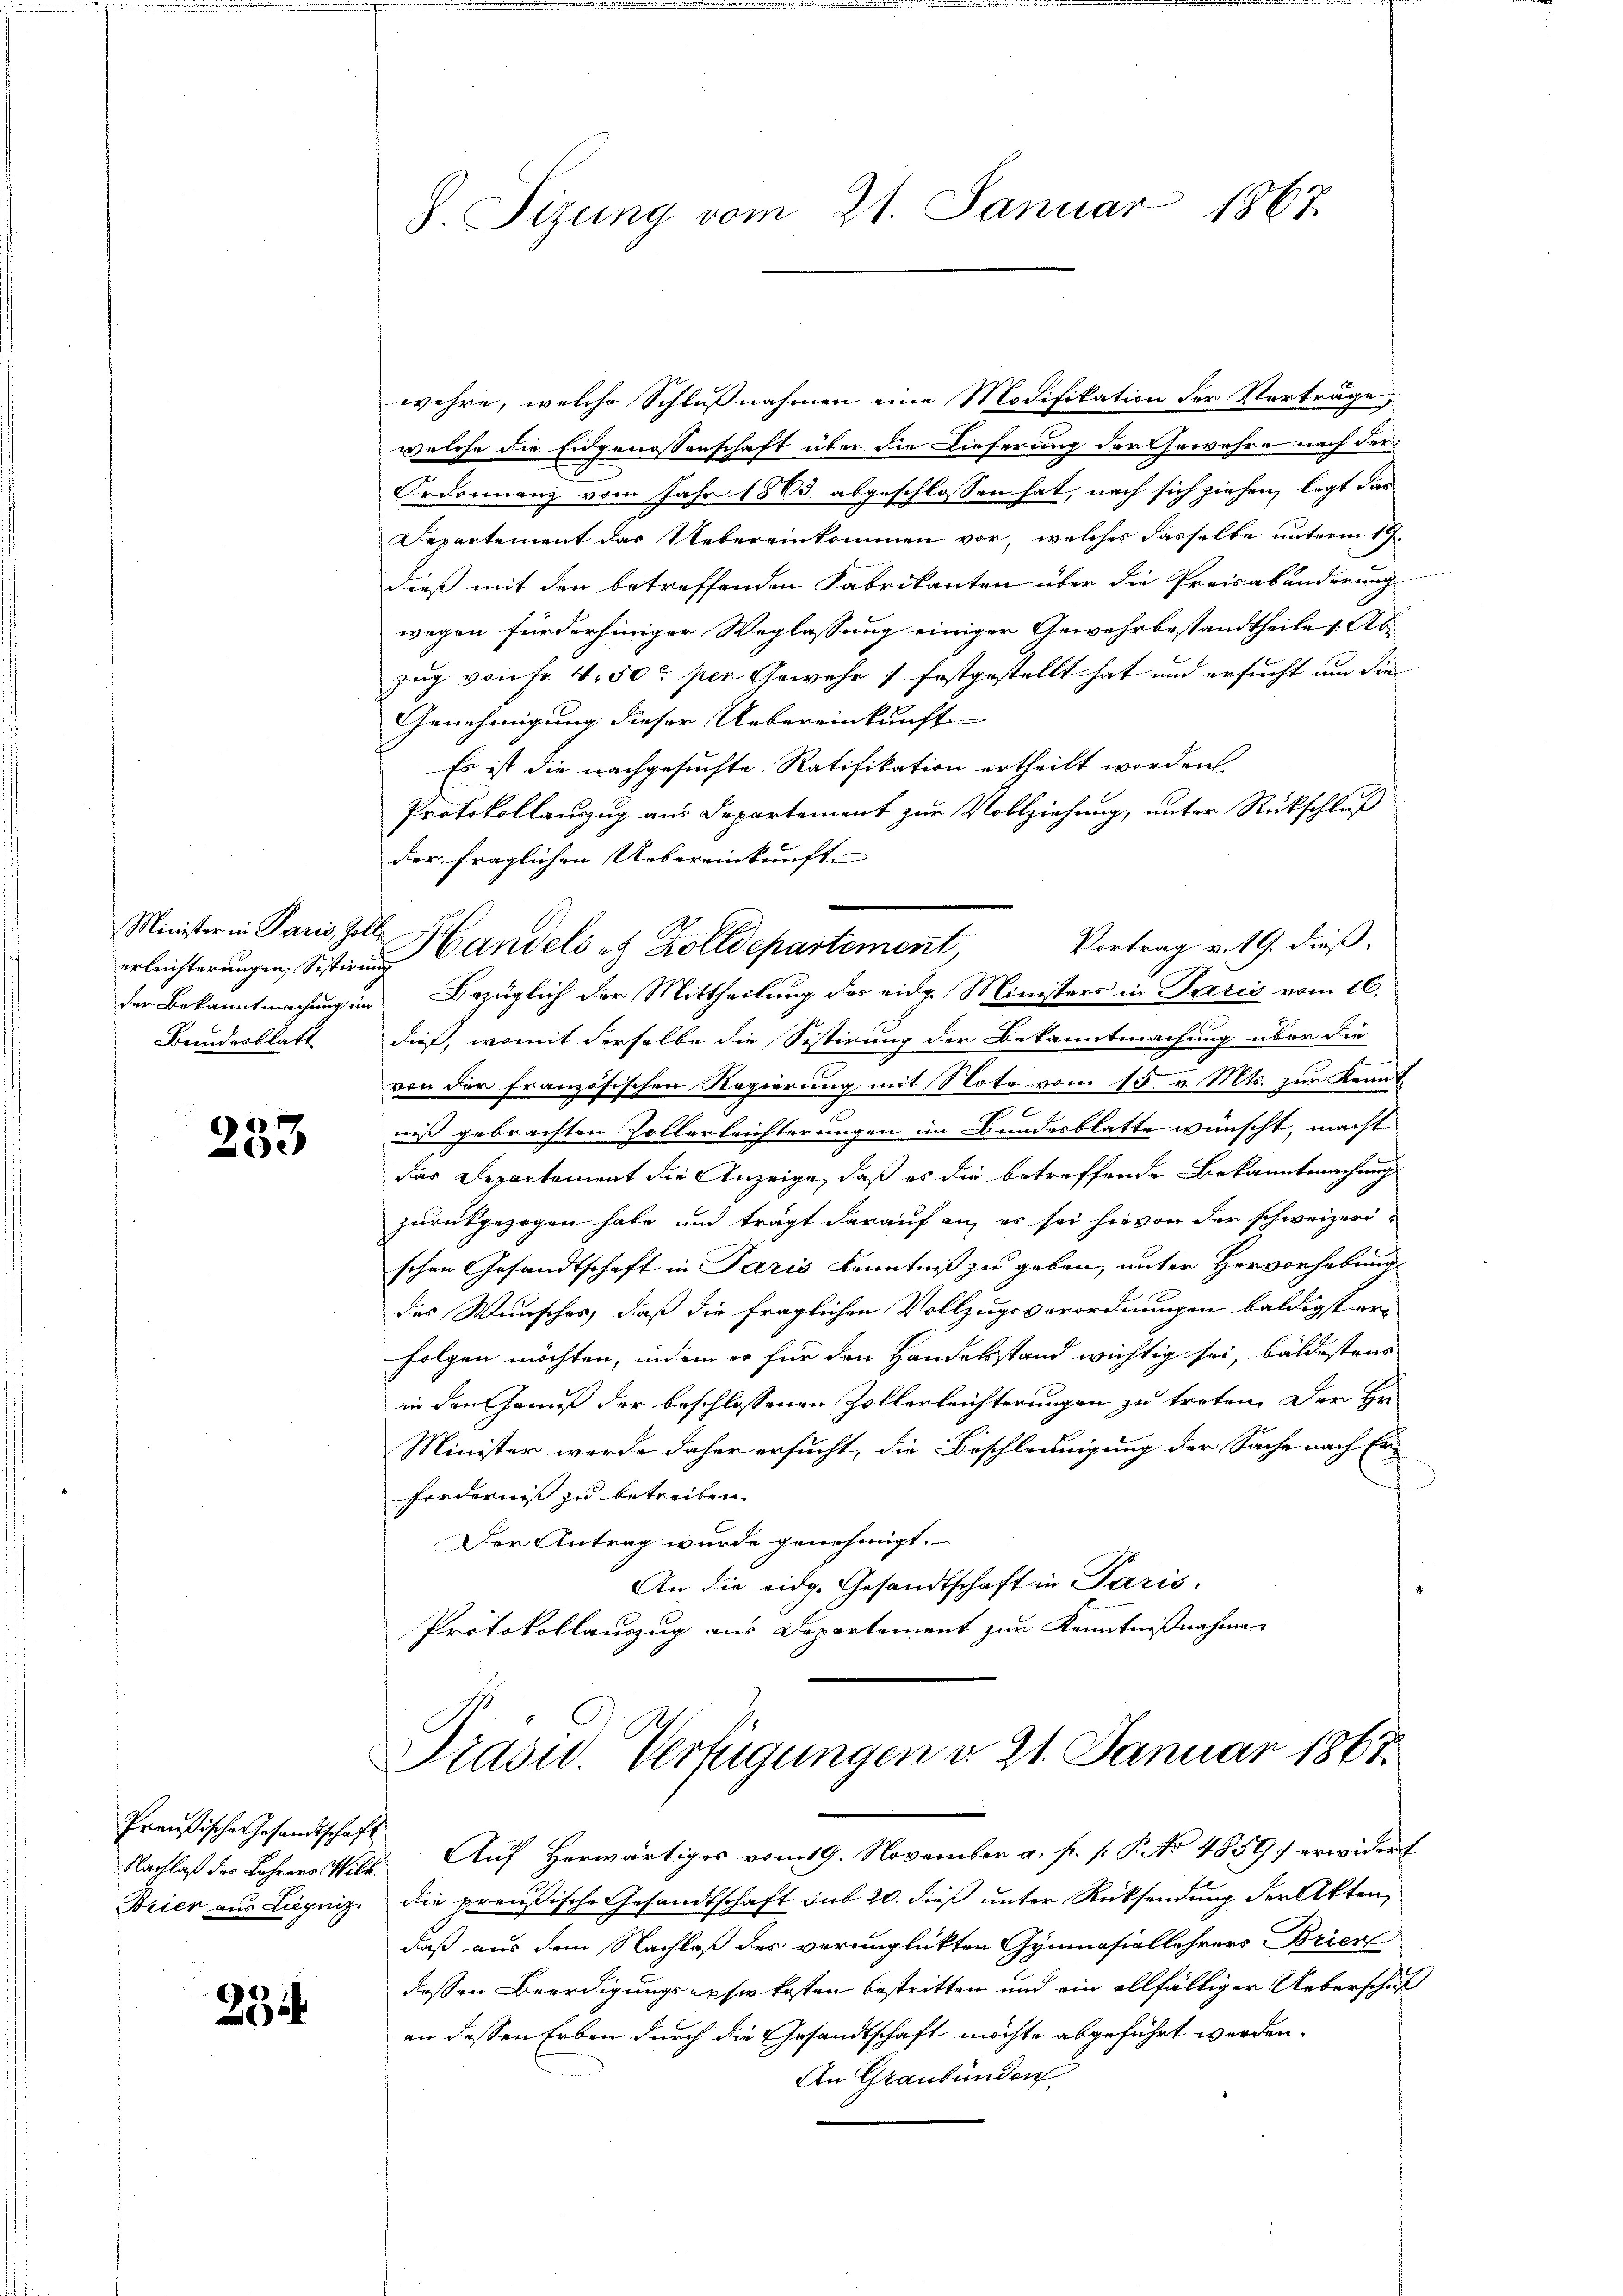
Minister in Paris, Zolle
Beindesblatt

233

Preußische Gesandtschaft
Brien aus Liegnizi

234

8. Sitzung vom 21. Januar 1867.

wehre, welche Schlußnahmen eine Modifikation der Verträge
welche die Eidgenossenschaft über die Lieferung der Gewahre nach der
Ordonnanz vom Jahr 1883 abgeschlossen hat, nach sich ziehen, legt das
Departement das Uebereinkommen vor, welches dasselbe unterm 19.
dieß mit den betreffenden Fabrikanten über die Preisabänderung
wegen fürderhiniger Weglassung einiger Gewehrbestandtheile 1. Ab
zug von fr. 4, 50 per Gewehr ; festgestellt hat und ersucht und die
Genehmigung dieser Uebereinkunft
Es ist die nachgesuchte Ratifikation ertheilt worden.
Protokollauszug aus Departement zur Vollziehung, unter Rückschluß
der fraglichen Uebereinkunft. |
erleichterungen, Sistiren Candels es Zolldepartement,
der Bekanntmachung im Bezüglich der Mittheilung des eidg. Ministers in Paris vom 16.
dieß, womit derselbe die Sistirung der Bekanntmachung über die
von der französischen Regierung mit Note vom 15. v. Mts. zur Kenntniß gebrachten Zollerleichterungen im Bundesblatte wünscht, macht
das Departement die Anzeige, daß es die betreffende Bekanntmachung
zurückgezogen habe, und trägt darauf an, es sei hievon der schweizerischen Gesandtschaft in Paris Kenntniß zu geben, unter Hervorhebung
des Wunsches, daß die fraglichen Vollzugsverordnungen baldigst er-
folgen möchten, indem er für den Handelsstand wichtig sei, bäldestens
in den Genuß der beschlossenen Zollerleichterungen zu treten. Der Hr.
Minister werde daher ersucht, die Beschleunigung der Sache nach Er-
forderniß zu betreiten.
Der Antrag wurde genehmigt.
An die eidg. Gesandtschaft in Paris.
Protokollauszug aus Departement zur Kenntnißnahme

Vortrag v. 19. dieß,

Prasud. Verfügungen d. 21. Januar 1867.

Nachlaß der Lehrersstilt. Auf Herwärtiges vom 19. November a. f. s P. No 4859 erwidert
die preußische Gesandtschaft sub 20. dieß unter Rücksendung der Akten,
daß aus dem Nachlaß des verunglückten Gymnasiallehrers Brier
dessen Beerdigungs ipse kosten bestritten und ein allfälliger Ueberschuß
an dessen Erben durch die Gesandtschaft möchte abgeführt worden.
An Graubünden